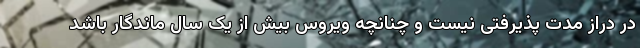
در دراز مدت پذیرفتی نیست و چنانچه ویروس بیش از یک سال ماندگار باشد